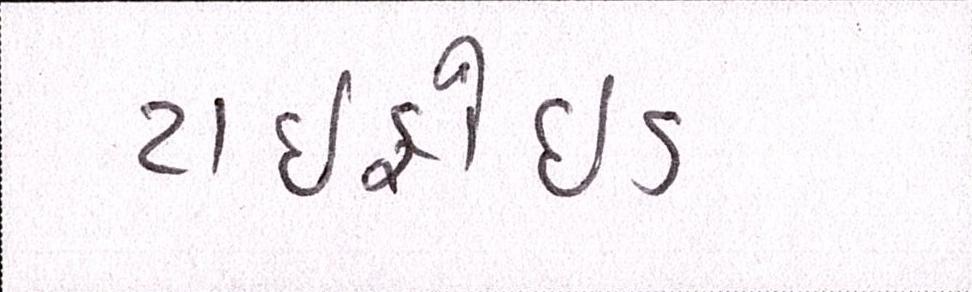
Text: ટાઇફોઇડ